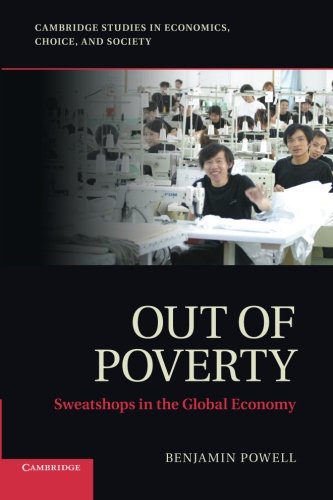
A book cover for Out of Poverty: Sweatshops in the Global Economy (Cambridge Studies in Economics, Choice, and Society); Professor Benjamin Powell; Business & Money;